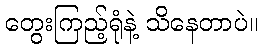
တွေးကြည့်ရုံနဲ့ သိနေတာပဲ။